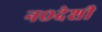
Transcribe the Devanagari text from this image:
न०देशी